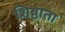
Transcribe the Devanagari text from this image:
शिष्ठाता